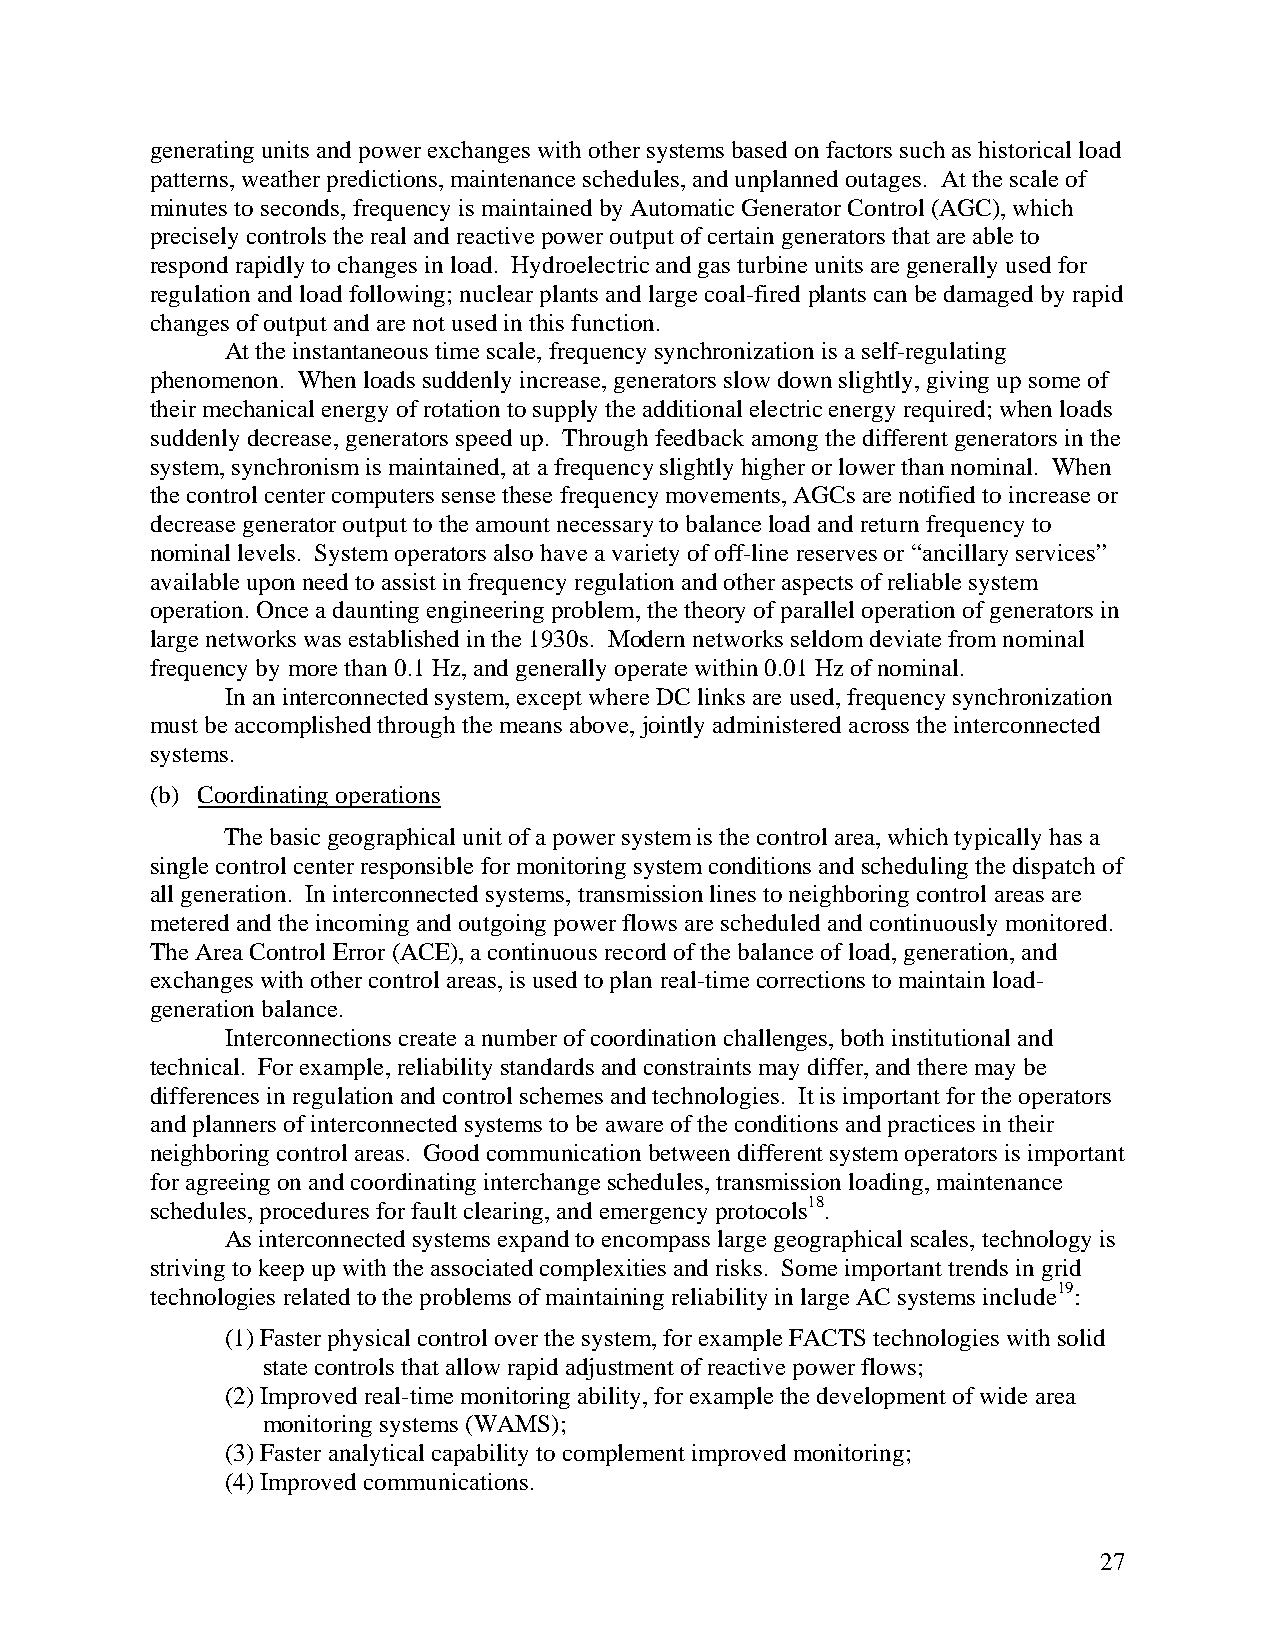
generating units and power exchanges with other systems based on factors such as historical load
 patterns, weather predictions, maintenance schedules, and unplanned outages. At the scale of
 minutes to seconds, frequency is maintained by Automatic Generator Control (AGC), which
 precisely controls the real and reactive power output of certain generators that are able to
 respond rapidly to changes in load. Hydroelectric and gas turbine units are generally used for
 regulation and load following; nuclear plants and large coal-fired plants can be damaged by rapid
 changes of output and are not used in this function.
 At the instantaneous time scale, frequency synchronization is a self-regulating
 phenomenon. When loads suddenly increase, generators slow down slightly, giving up some of
 their mechanical energy of rotation to supply the additional electric energy required; when loads
 suddenly decrease, generators speed up. Through feedback among the different generators in the
 system, synchronism is maintained, at a frequency slightly higher or lower than nominal. When
 the control center computers sense these frequency movements, AGCs are notified to increase or
 decrease generator output to the amount necessary to balance load and return frequency to
 nominal levels. System operators also have a variety of off-line reserves or “ancillary services”
 available upon need to assist in frequency regulation and other aspects of reliable system
 operation. Once a daunting engineering problem, the theory of parallel operation of generators in
 large networks was established in the 1930s. Modern networks seldom deviate from nominal
 frequency by more than 0.1 Hz, and generally operate within 0.01 Hz of nominal.
 In an interconnected system, except where DC links are used, frequency synchronization
 must be accomplished through the means above, jointly administered across the interconnected
 systems.
 (b) Coordinating operations
 The basic geographical unit of a power system is the control area, which typically has a
 single control center responsible for monitoring system conditions and scheduling the dispatch of
 all generation. In interconnected systems, transmission lines to neighboring control areas are
 metered and the incoming and outgoing power flows are scheduled and continuously monitored.
 The Area Control Error (ACE), a continuous record of the balance of load, generation, and
 exchanges with other control areas, is used to plan real-time corrections to maintain load-
 generation balance.
 Interconnections create a number of coordination challenges, both institutional and
 technical. For example, reliability standards and constraints may differ, and there may be
 differences in regulation and control schemes and technologies. It is important for the operators
 and planners of interconnected systems to be aware of the conditions and practices in their
 neighboring control areas. Good communication between different system operators is important
 for agreeing on and coordinating interchange schedules, transmission loading, maintenance
 schedules, procedures for fault clearing, and emergency protocols18.
 As interconnected systems expand to encompass large geographical scales, technology is
 striving to keep up with the associated complexities and risks. Some important trends in grid
 technologies related to the problems of maintaining reliability in large AC systems include19:
 (1) Faster physical control over the system, for example FACTS technologies with solid
 state controls that allow rapid adjustment of reactive power flows;
 (2) Improved real-time monitoring ability, for example the development of wide area
 monitoring systems (WAMS);
 (3) Faster analytical capability to complement improved monitoring;
 (4) Improved communications.
 27